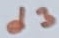
Text: d3